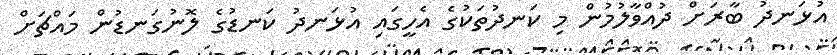
އުޅަނދު ބާރަށް ދުއްވާލުމުން މި ކަނދުތަކުގެ އެހީގައި އުޅަނދު ކަނޑުގެ ލޮނުގަނޑުން މައްޗަށް